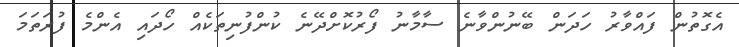
އެގޮތުން ފައްވާރު ހަދަން ބޭނުންވާނެ ސާމާނު ފޯރުކޮށްދޭނެ ކުންފުނިތަކެއް ހޯދައި އެންމެ ފުރަތަމަ